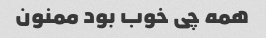
همه چی خوب بود ممنون